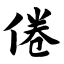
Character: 倦